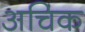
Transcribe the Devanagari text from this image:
अचिक